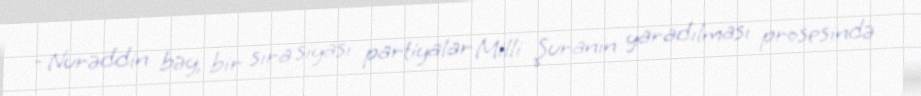
- Nurəddin bəy, bir sıra siyasi partiyalar Milli Şuranın yaradılması prosesində